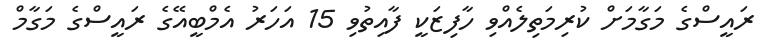
ރައީސްގެ މަގާމަށް ކުރިމަތިލެއްވި ހާފިޒަކީ ފާއިތުވި 15 އަހަރު އެމްބީއޭގެ ރައީސްގެ މަގާމް